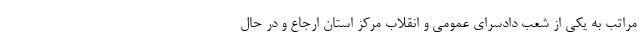
مراتب به یکی از شعب دادسرای عمومی و انقلاب مرکز استان ارجاع و در حال